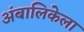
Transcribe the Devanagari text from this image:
अंबालिकेला